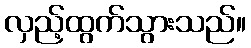
လှည့်ထွက်သွားသည်။